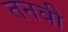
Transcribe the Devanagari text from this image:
तनवी